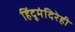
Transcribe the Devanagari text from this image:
हिंदूमंदिरेही